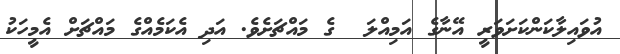
އުވައިލާކަންކަށަވަރީ އޭނާގެ އަމިއްލަ  ގެ މައްޗަށެވެ. އަދި އެކަމެއްގެ މައްޗަށް އެމީހަކު